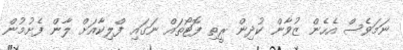
ނަމަވެސް އެހެން ޒުވާން ކުދިން ރީތި ފޮޓޯތައް ނަގައި ފްލިކާއަށް ލާން ފެށުމުން